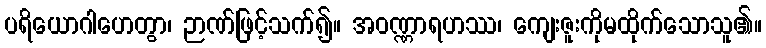
ပရိယောဂါဟေတွာ၊ ဉာဏ်ဖြင့်သက်၍။ အဝဏ္ဏာရဟဿ၊ ကျေးဇူးကိုမထိုက်သောသူ၏။